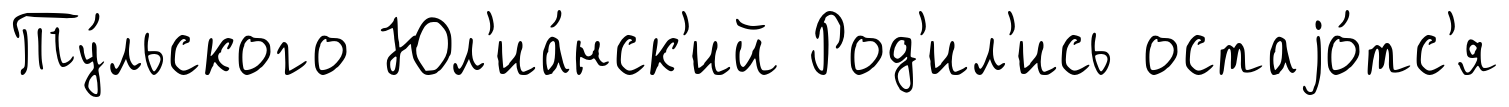
Ту́льского Юл'иа́нск'ий Род'ил'ись остаjо́тс'я